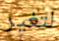
لتغير